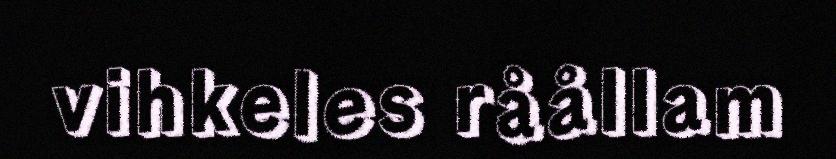
vihkeles råållam